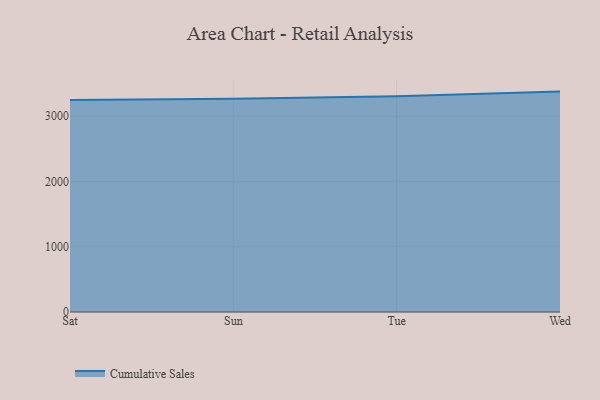
{"axis": {"x": "Day", "y": "Tickets Resolved"}, "legend": ["Cumulative Sales"], "data": [{"x": "Sat", "y": 3250.1, "type": "Cumulative Sales"}, {"x": "Sun", "y": 3268.4, "type": "Cumulative Sales"}, {"x": "Tue", "y": 3305.6, "type": "Cumulative Sales"}, {"x": "Wed", "y": 3378.2, "type": "Cumulative Sales"}]}